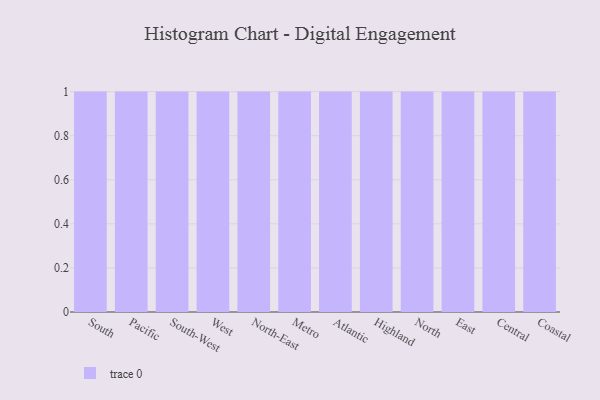
{"axis": {"x": "Region", "y": "Conversion Rate (%)"}, "legend": [""], "data": [{"x": "South", "y": 49, "type": ""}, {"x": "Pacific", "y": 79, "type": ""}, {"x": "South-West", "y": 50, "type": ""}, {"x": "West", "y": 73, "type": ""}, {"x": "North-East", "y": 98, "type": ""}, {"x": "Metro", "y": 55, "type": ""}, {"x": "Atlantic", "y": 12, "type": ""}, {"x": "Highland", "y": 35, "type": ""}, {"x": "North", "y": 74, "type": ""}, {"x": "East", "y": 7, "type": ""}, {"x": "Central", "y": 96, "type": ""}, {"x": "Coastal", "y": 88, "type": ""}]}